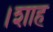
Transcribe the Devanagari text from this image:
।शाह